Civil Veterinary Department. Madras. Admin. report 1926-33 - 1926-1933
Year: 1926
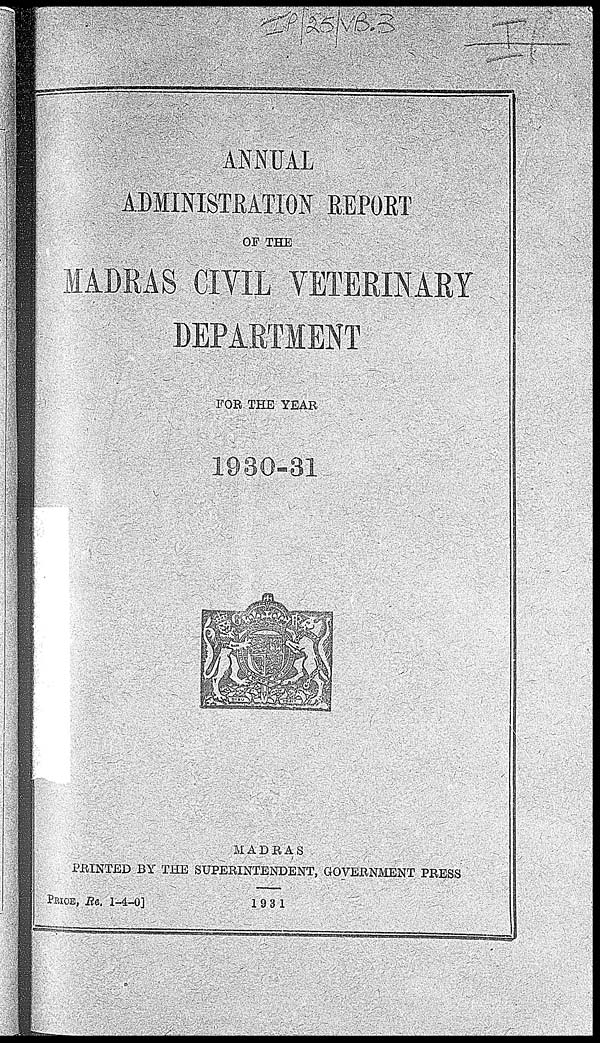
ANNUAL
ADMINISTRATION REPORT
OF THE
MADRAS CIVIL VETERINARY
DEPARTMENT
FOR THE YEAR
1930-31
MADRAS
PRINTED BY THE SUPERINTENDENT, GOVERNMENT PRESS
PRICE, Re. 1-4-0]
1931